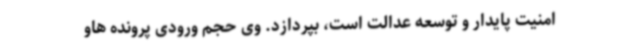
امنیت پایدار و توسعه عدالت است، بپردازد. وی حجم ورودی پرونده هاو